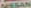
MSSAN